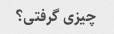
چیزی گرفتی؟